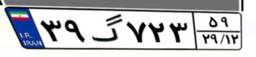
۸۲گ۶۴۶۸۷